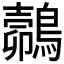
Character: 𪄽